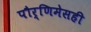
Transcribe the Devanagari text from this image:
पौर्णिमेसही